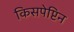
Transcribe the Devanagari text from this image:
किसपेप्टिन